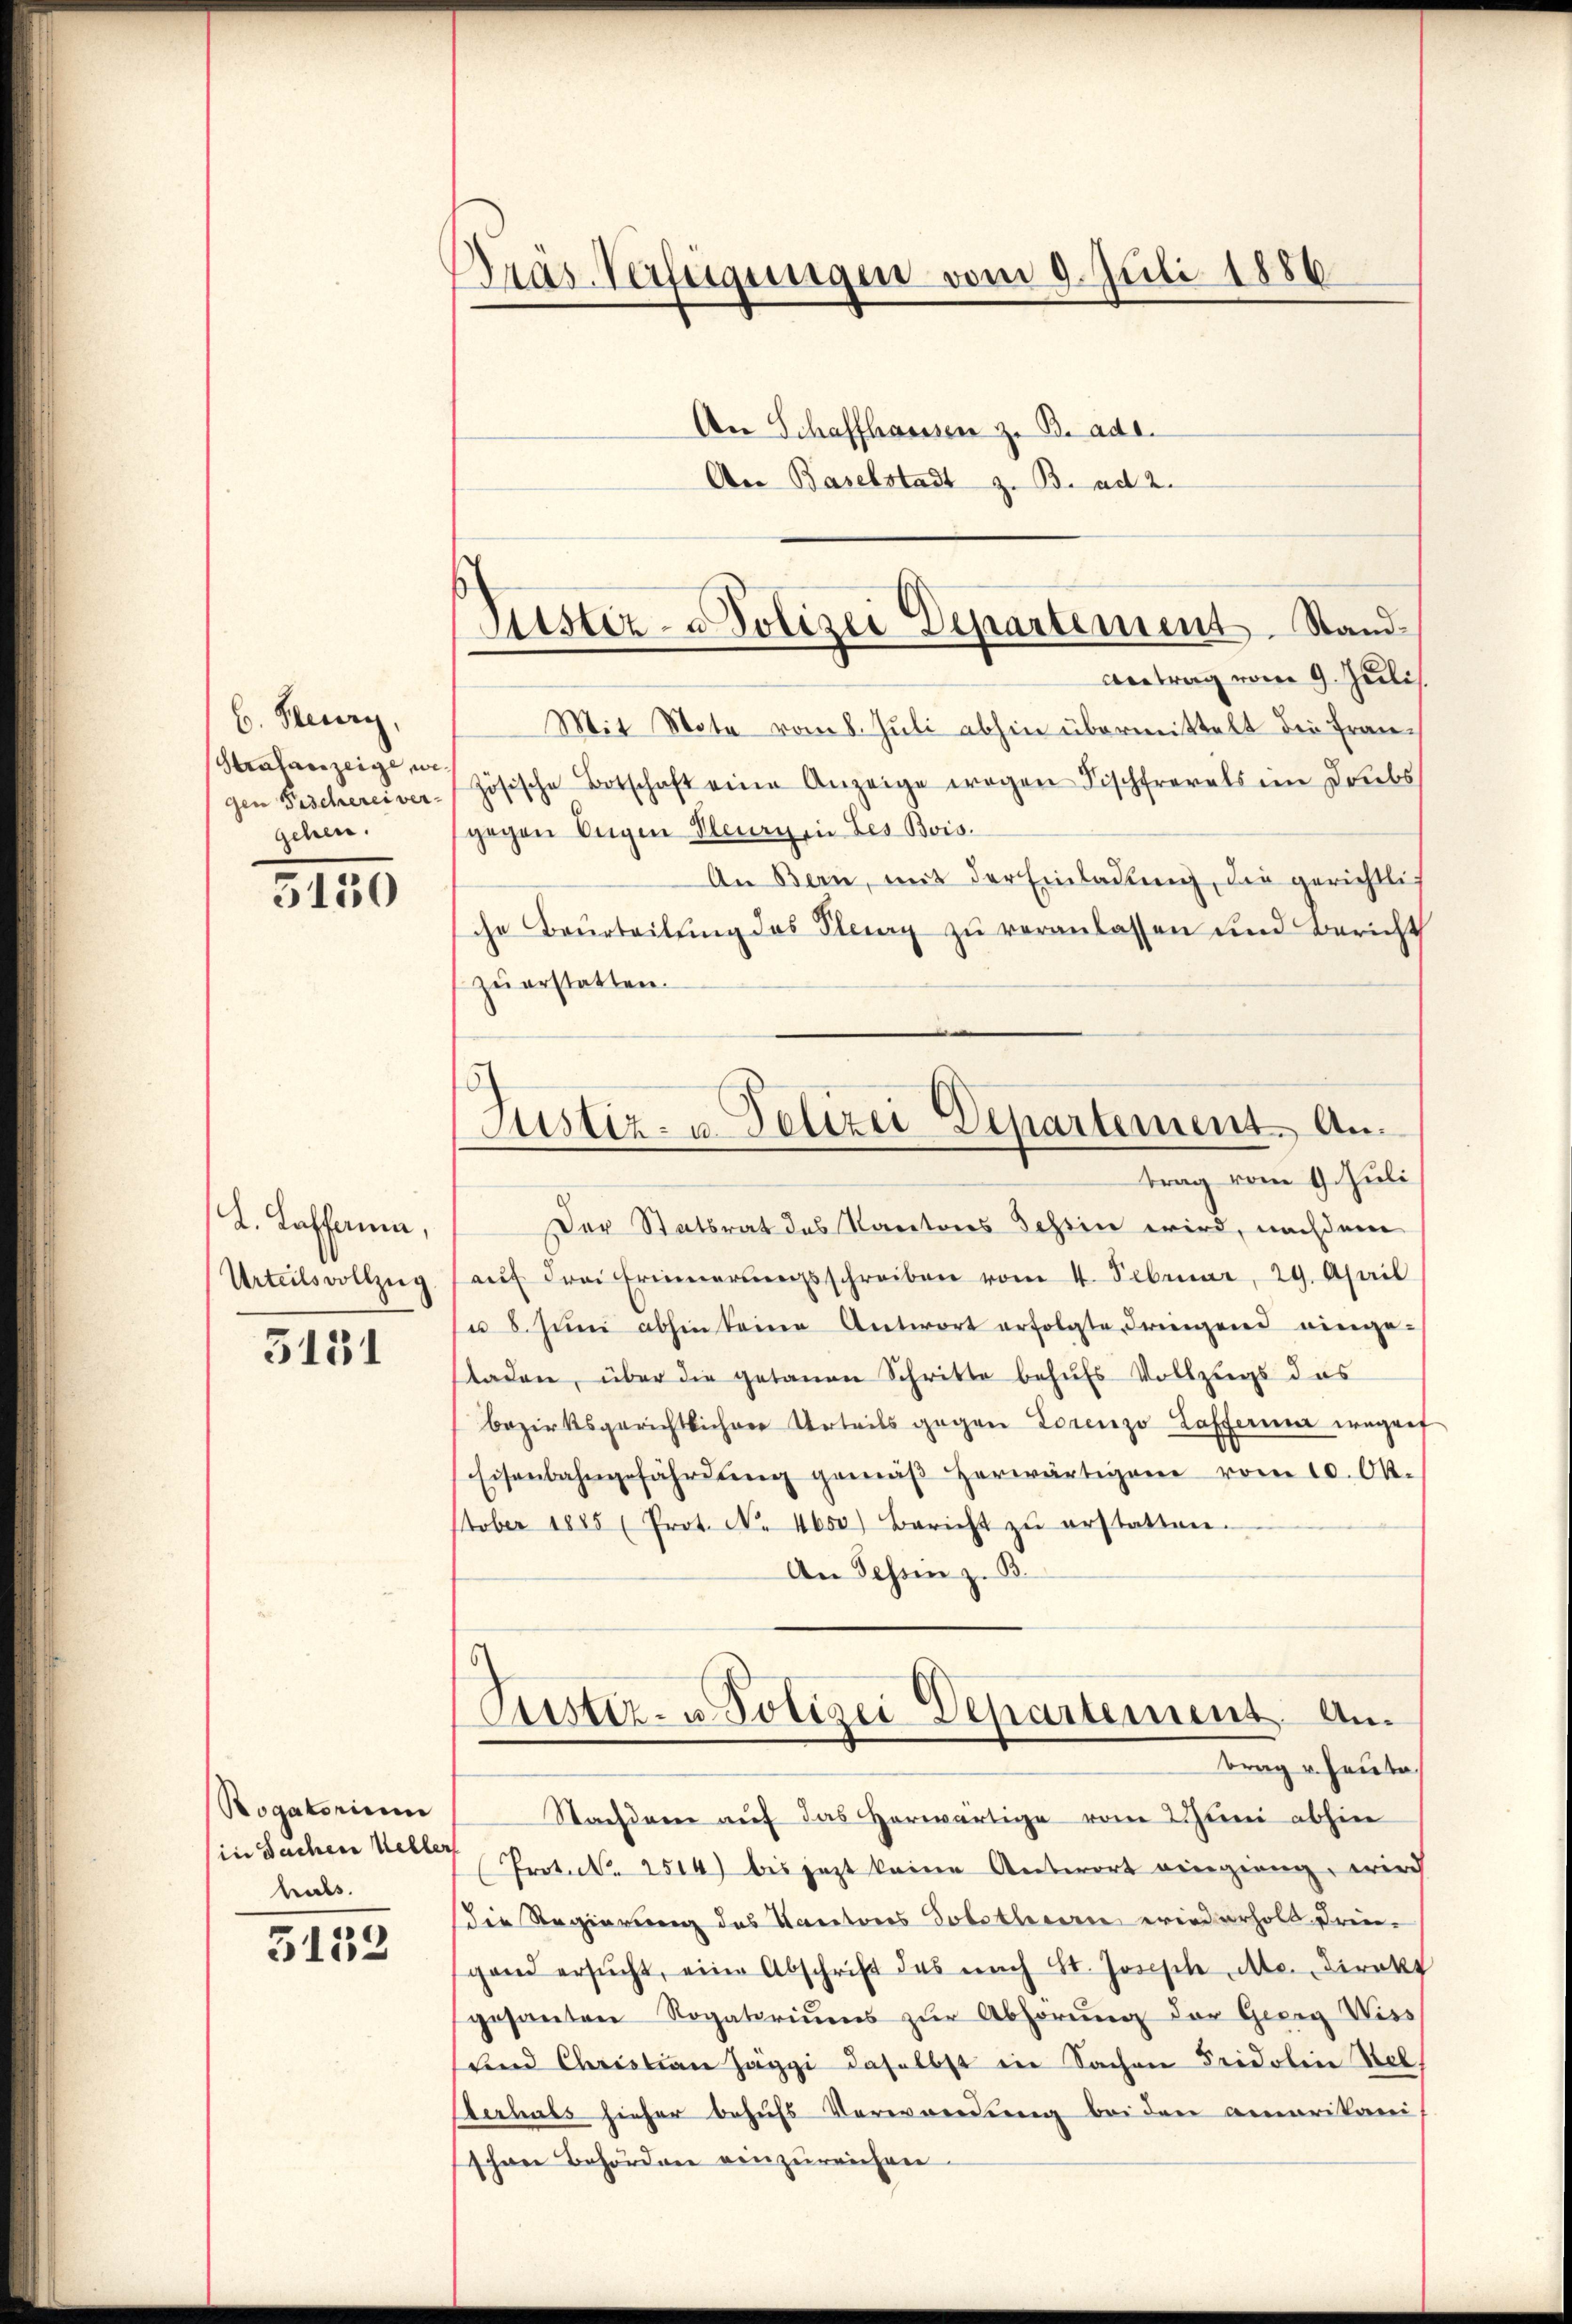
b. Steuern,
Strafanzeige, we
gen Fischerei ver-
gehen.

3150

L. Laffama,
Urteils vollzeig

5131

Rogatorium
in Sacher Uehler
hals

3152

Bräs-Verfügungen vom 9. Juli 1886

An Schaffhausen z. B. ade.
An Baselstadt z. B. ad 2.
Mit Note vom 8. Juli abhin übermittelt die Französische Botschaft eine Anzeige wegen Fischfrevels im Driebs
gegen Augen Deury in des Bois.
An Bern, mit der Einladung, die gerichtlich
che Beurteilŭng des Flury zu veranlassen und Bericht
zŭ erstatten.

Der Statsrat des Kantons Schrein wird, nachdem
aŭf drei Erinnerŭngsschreiben vom 4. Februar, 29. April
u 8. Jŭni abhin keine Antwort erfolgte Frienzend einge-
laden, über die getanen Schritte behufs Vollzugs das
bezirksgerichtlicher Urteils gegen Lorenzo Lafferie wegenf
Eisenbahngefährdŭng gemäβ herwärtigen vom 10. Ok-
tober 1885 (Prot. N. 4650) Bericht zŭ erstatten.
An dessen z. B.
Custiz- u. Polizei Departement. Antrag u. heute
Stachdem auf das herwärtige vom 2 Juni abhin
Prot. N. 2514 bis jezt keine Antwort eingieng, wird
die Regierung des Kantons Solothecarie erinderholt dringand ersŭcht, eine Abschrift des nach St. Joseph Mo. Direkt
gesanten Rogatoriŭms zŭr Abhörŭng der Georg Wiss
und Christian Haggi daselbst in Sachen Fridolin Stel
derhals hieher behufs Verwendung bei den amerikani
Ihrne Behördnen einzureichen.

Liester- u Polizei Departement. Stand
Antrag vom 9. Juli.

Justiz- u. Polizei Departement. Antrag vom 9. Juli